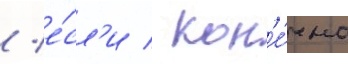
/ е́сл'и / кон'е́чно